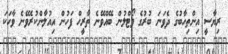
ރިޔާސީ އިންތިހާބުގެ ދެވަނަ ބުރުގެ ވޯޓްލުން ބޭއްވޭނެ ތާރީހް ފަހުން އިއުލާންކުރެވޭނެ ވާހަކަ